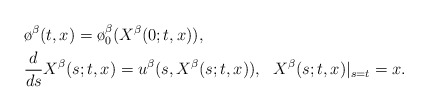
\begin{align*}&\o^\beta (t,x) = \o_0^\beta (X^\beta (0;t,x)),\\ &\frac{d}{ds} X^\beta (s;t,x) = u^\beta(s, X^\beta (s;t,x) ), \ \ X^\beta (s;t,x) |_{s=t} = x.\end{align*}